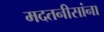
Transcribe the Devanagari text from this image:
मदतनीसांना